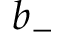
b _ { - }